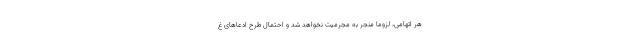
هر اتهامی، لزوماً منجر به مجرمیت نخواهد شد و احتمال طرح ادعاهای غ